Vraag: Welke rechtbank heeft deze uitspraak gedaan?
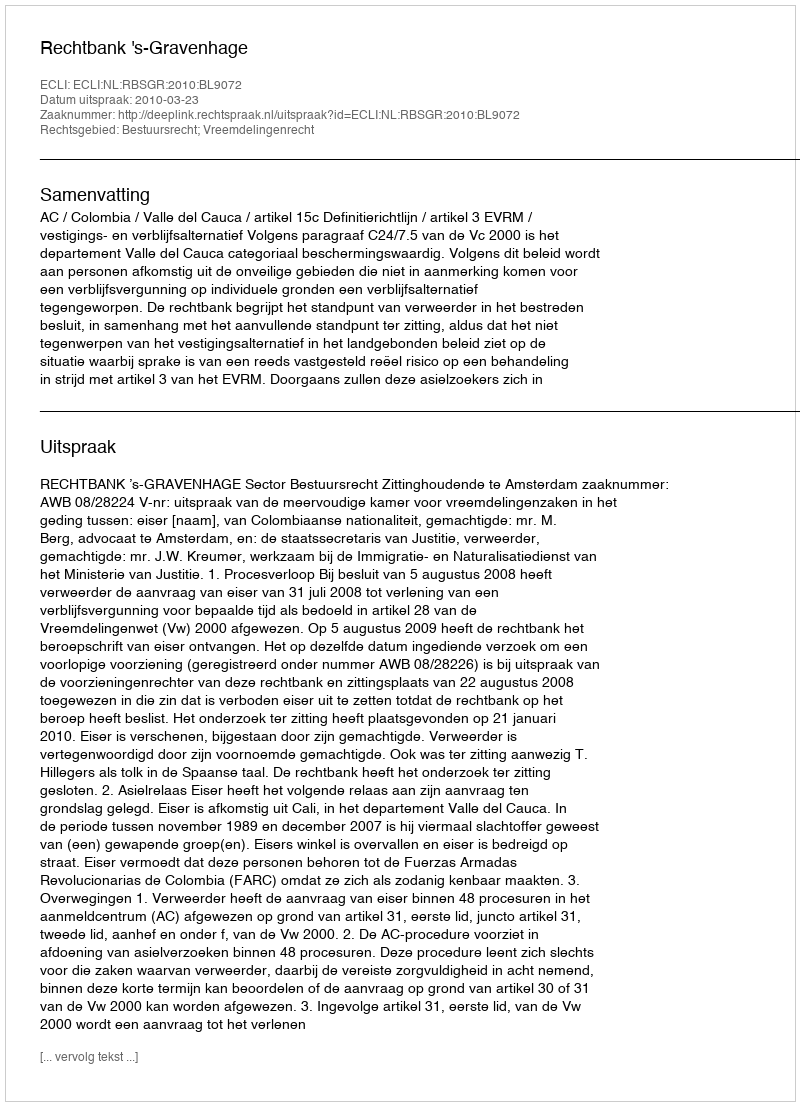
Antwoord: Rechtbank 's-Gravenhage